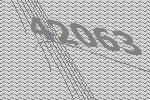
42063